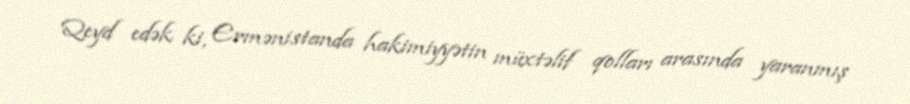
Qeyd edək ki, Ermənistanda hakimiyyətin müxtəlif qolları arasında yaranmış